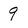
Character: 9